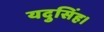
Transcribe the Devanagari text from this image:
यदुसिंह।